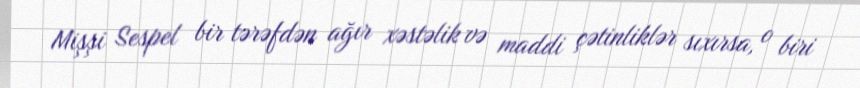
Mişşi Sespel bir tərəfdən ağır xəstəlik və maddi çətinliklər sıxırsa, o biri